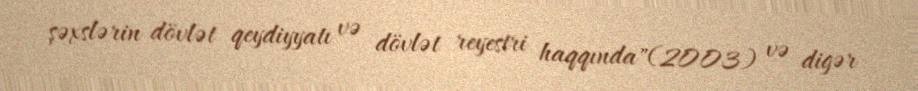
şəxslərin dövlət qeydiyyatı və dövlət reyestri haqqında"(2003) və digər